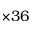
\times 3 6